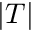
| T |